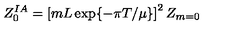
Z _ { 0 } ^ { I A } = \left[ m L \exp \{ - \pi T / \mu \} \right] ^ { 2 } Z _ { m = 0 }